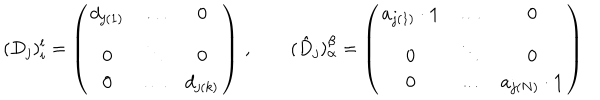
LaTeX: ( D _ { j } ) _ { i } ^ { l } = \left( \begin{array} { c c c } { { d _ { j ( 1 ) } } } & { { \dots } } & { { 0 } } \\ { { 0 } } & { { \ddots } } & { { 0 } } \\ { { 0 } } & { { \dots } } & { { d _ { j ( k ) } } } \\ \end{array} \right) \, , \qquad ( \hat { D } _ { j } ) _ { \alpha } ^ { \beta } = \left( \begin{array} { c c c } { { a _ { j ( 1 ) } \cdot { \bf 1 } } } & { { \dots } } & { { 0 } } \\ { { 0 } } & { { \ddots } } & { { 0 } } \\ { { 0 } } & { { \dots } } & { { a _ { j ( N ) } \cdot { \bf 1 } } } \\ \end{array} \right)